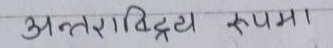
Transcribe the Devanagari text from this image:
अन्तराविद्य रूपमा